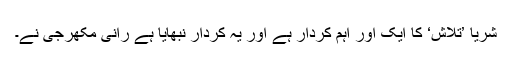
شریا ’تلاش‘ کا ایک اور اہم کردار ہے اور یہ کردار نبھایا ہے رانی مکھرجی نے۔